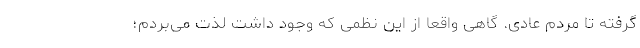
گرفته تا مردم عادی. گاهی واقعا از این نظمی که وجود داشت لذت می‌بردم؛